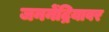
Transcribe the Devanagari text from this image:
जननेंद्रियावर